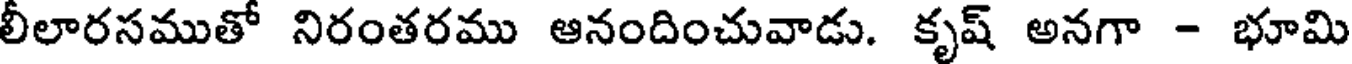
లీలారసముతో నిరంతరము ఆనందించువాడు. కృష్ అనగా - భూమి